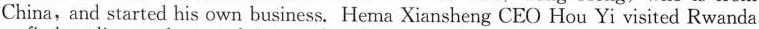
China, and started his own business. He ma Xiansheng CEO Hou Yi visited Rwanda